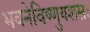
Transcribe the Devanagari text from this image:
भवनेविष्णुयशसः